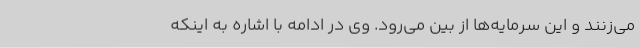
می‌زنند و این سرمایه‌ها از بین‌ می‌رود. وی در ادامه با اشاره به اینکه